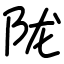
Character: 陇